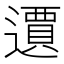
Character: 𲆀